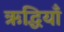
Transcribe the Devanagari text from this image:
ऋद्धियाँ